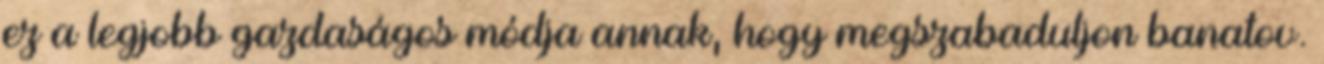
ez a legjobb gazdaságos módja annak, hogy megszabaduljon banatov.